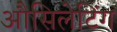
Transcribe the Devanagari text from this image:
औसिलेटिंग